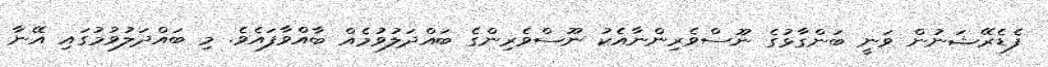
ފެޑެރޭޝަނުން ވަނީ ބަންގާޅުގެ ނޫސްވެރިންނާއެކު ނޫސްވެރިންގެ ބައްދަލުވުމެއް ބާއްވާފައެވެ. މި ބައްދަލުވުމުގައި އޭނާ